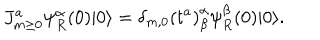
LaTeX: J _ { m \ge 0 } ^ { a } \psi _ { R } ^ { \alpha } ( 0 ) | 0 \rangle = \delta _ { m , 0 } \left( t ^ { a } \right) _ { \beta } ^ { \alpha } \psi _ { R } ^ { \beta } ( 0 ) | 0 \rangle .